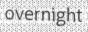
overnight